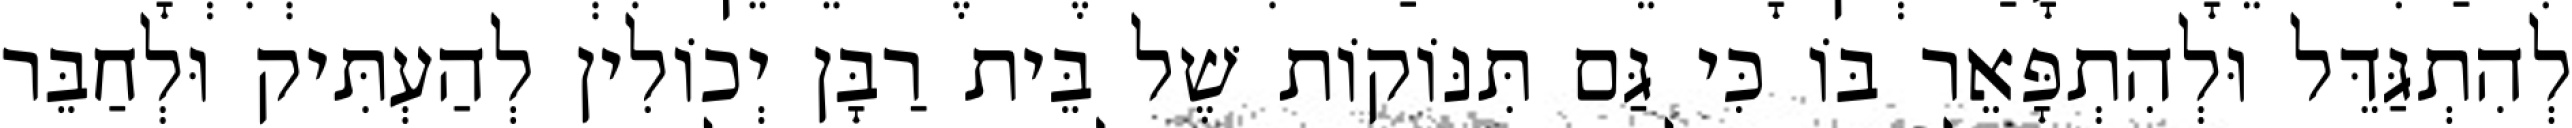
לְהִתְגַּדֵּל וּלְהִתְפָּאֵר בּוֹ כִּי גַּם תִּנּוֹקוֹת שֶׁל בֵּית רַבָּן יְכוֹלִין לְהַעְתִּיק וּלְחַבֵּר